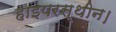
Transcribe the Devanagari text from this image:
हाइपरस्थीन।